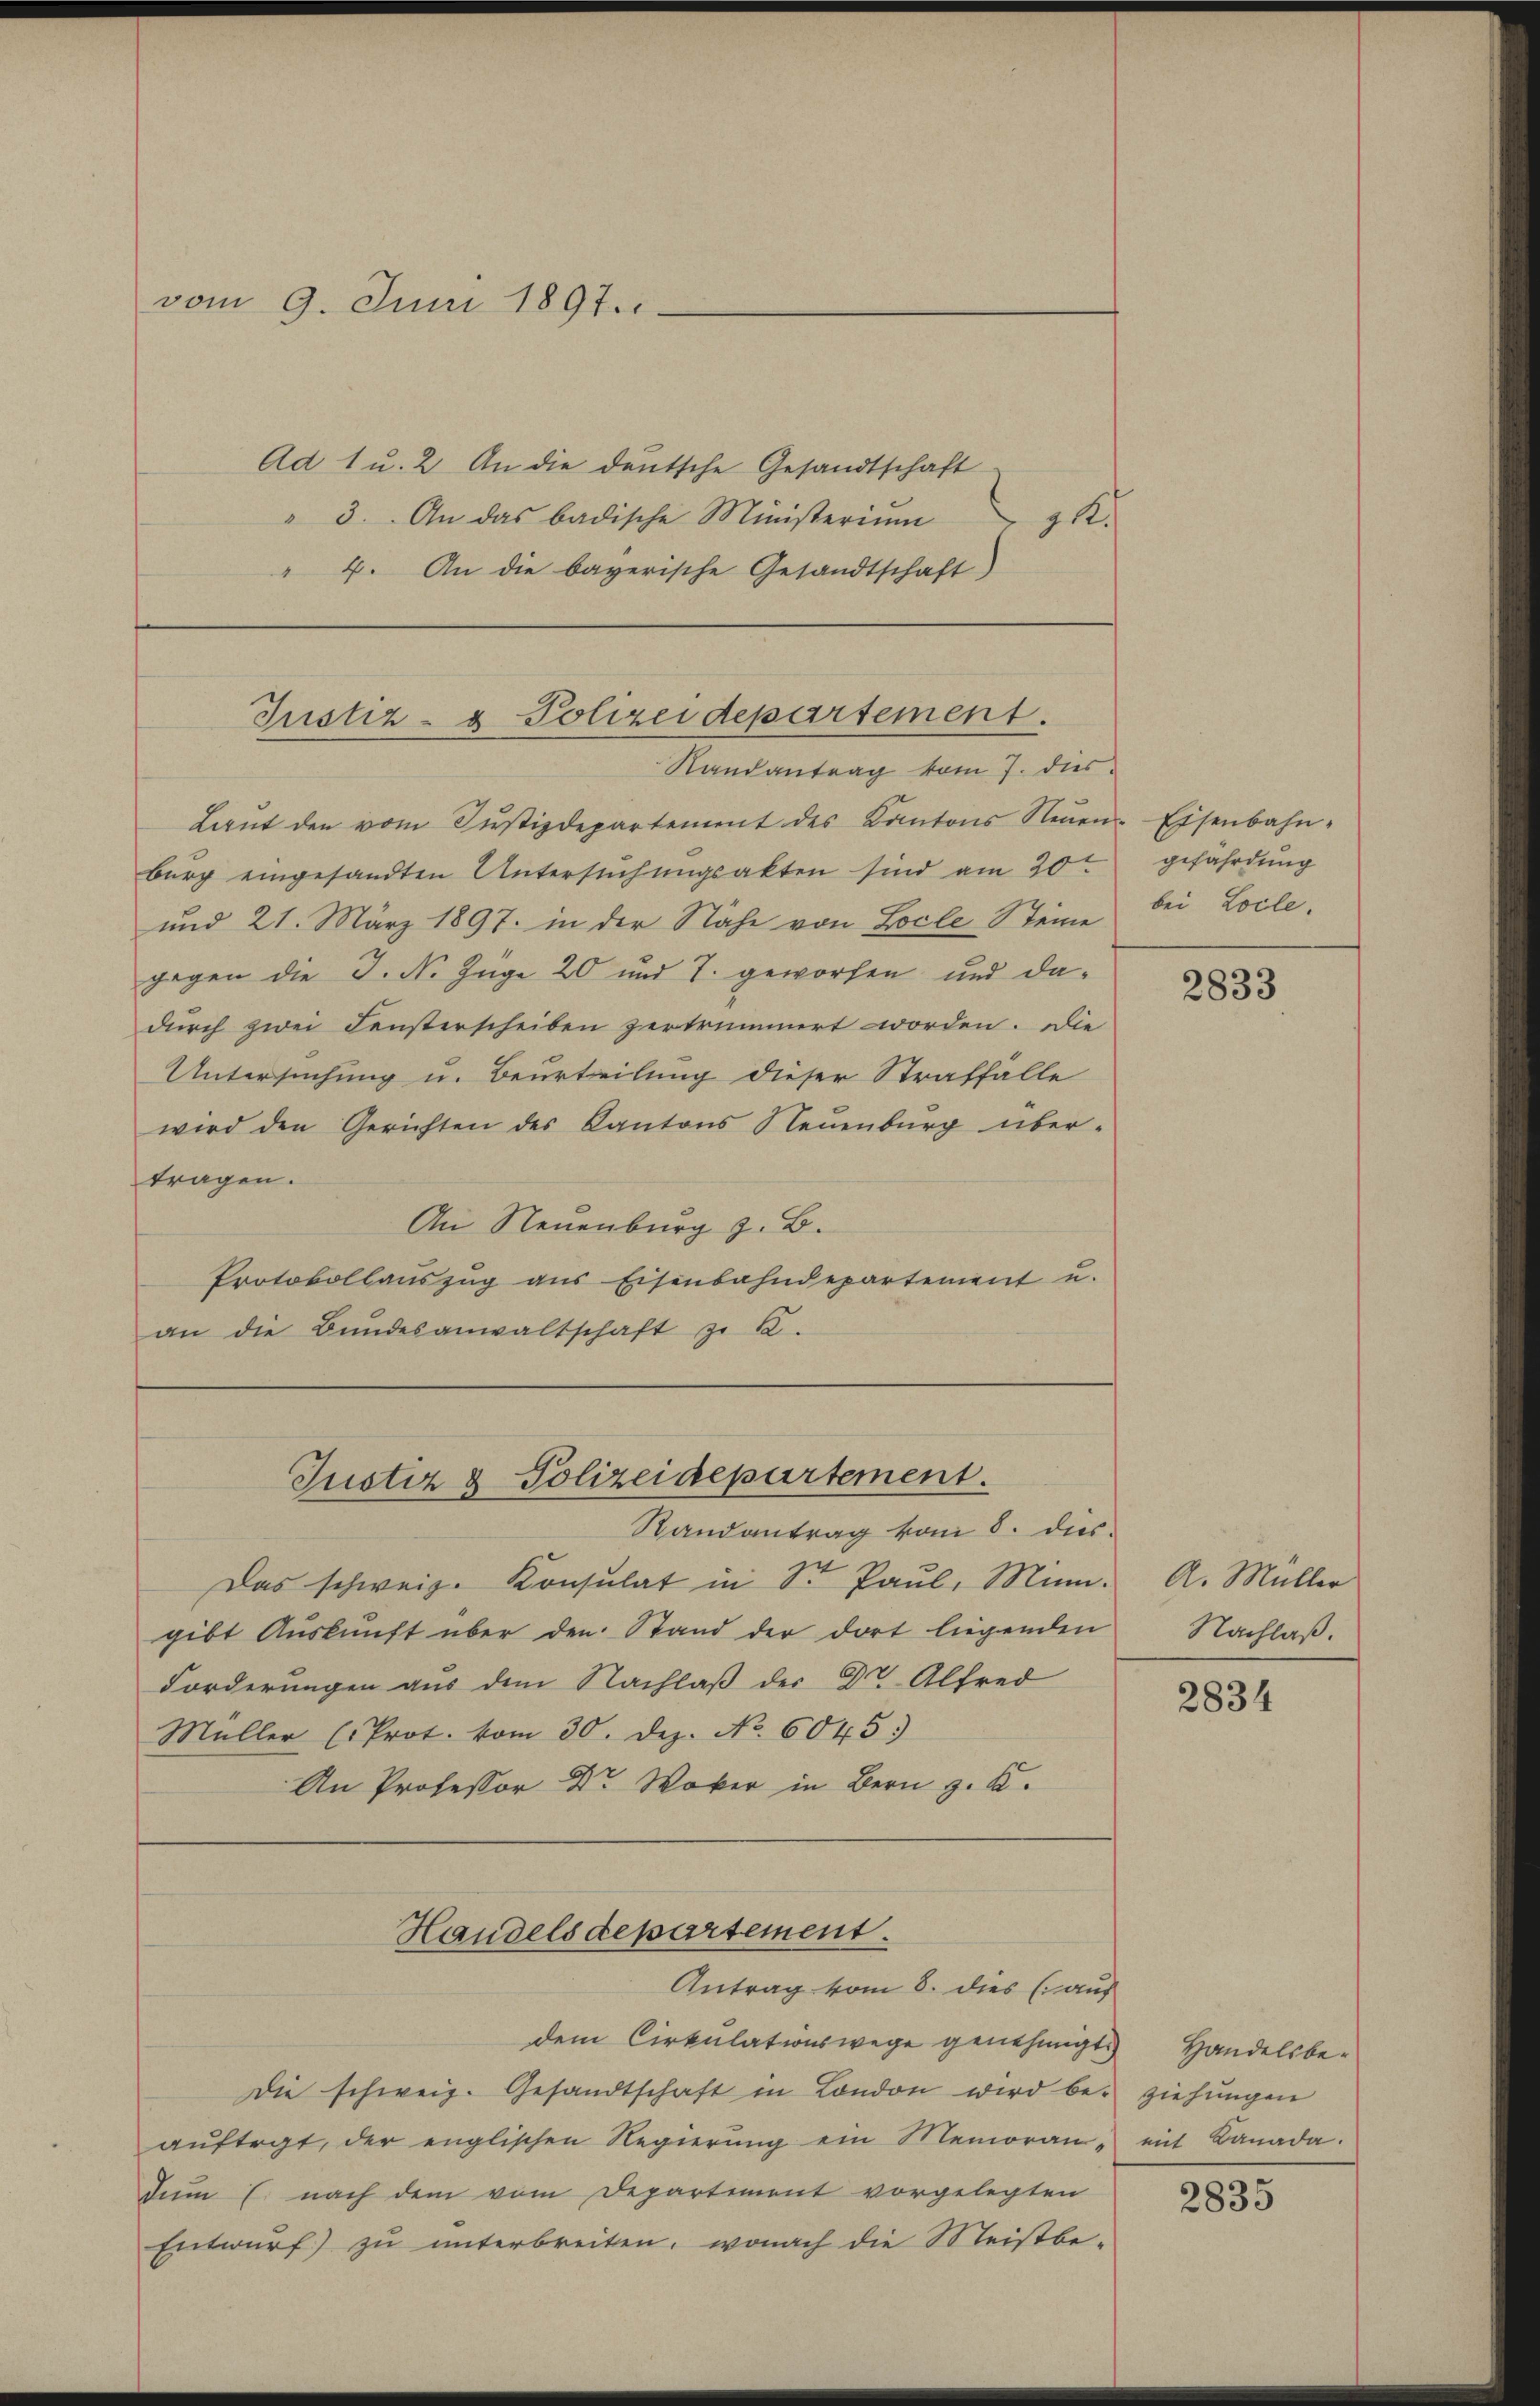
vom 9. Juni 1897.

Ad 1 u. 2. An die deutsche Gesandtschaft
" 3. An das badische Ministerium
11
" 4. An die bayerische Gesandtschaft)

Justiz- & Polizeidepartement.
Randantrag vom 7. dies

Laŭt den vom Justizdepartement des Kantons Neŭen Eisenbahn-
burg eingesandten Untersuchungsakten sind am 20ten
und 21. März 1897. in der Nähe von Locle Steine
gegen die J. N. Züge 20 und T. geworfen und dadurch zwei Fensterscheiben zertrümmert worden. Die
Untersuchung u. Beurteilung dieser Straffälle
wird den Gerichten des Kantons Neuenburg über-
tragen.
An Neuenburg z. B.
Protokollauszug aus Eisenbahndepartement u.
an die Bŭndesanwaltschaft zu 2.

Das schweiz. Konsulat in Sr. Paŭl, Müngibt Auskunft über den Stand der dort liegenden
Forderungen aus dem Nachlaß der Dr. Alfred
Müller (Prot. vom 30. Dez. No. 6045.)
r in Bern. K

Justiz & Polizeidepartement.
Randantrag vom 8. dies

Handelsdepartement.
Antrag vom 8. dies (auf

Die schweiz. Gesandtschaft in London wird be- ziehungen
auftrgt, der englischen Regierung ein Memoran-
dum C. nach dem vom Departement vorgelegten
Entwurf) zu unterbreiten, wonach die Meistbe-

dem Cirkulationswege genehmigt. Handelsbe¬

gefährdung
bei Loile.

2833

A. Müller
Nachlaß.

2834

mit Kanada.

2835